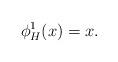
LaTeX: \begin{align*}\phi_H^1(x) = x .\end{align*}